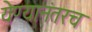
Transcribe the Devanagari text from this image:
येण्यानंतरच